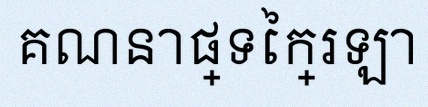
គណនាផ្ទៃក្រឡា